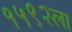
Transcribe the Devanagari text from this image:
१५९२ला